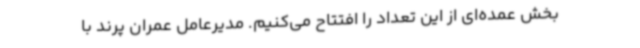
بخش عمده‌ای از این تعداد را افتتاح می‌کنیم. مدیرعامل عمران پرند با